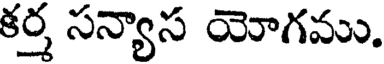
కర్త సన్యాస యోగము.